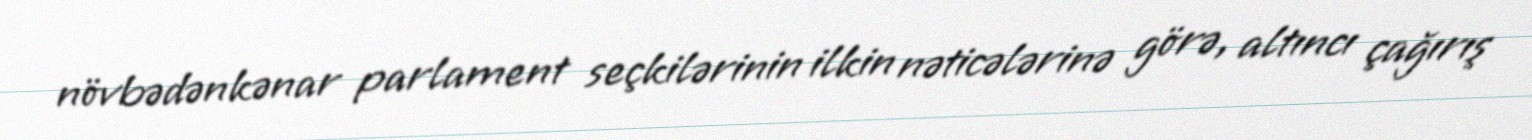
növbədənkənar parlament seçkilərinin ilkin nəticələrinə görə, altıncı çağırış